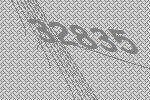
32835